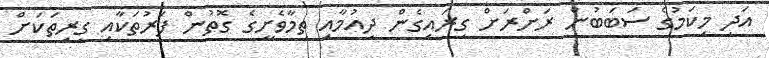
އަދި މިކަމުގެ ސަބަބުން ރަށްރަށް ގިރައިގެން ދިއުމާއި ތިމާވެށީގެ ގޮތުން ފަރުތަކާއި ގިރިތަކަށް